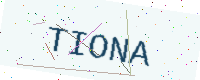
Text: TIONA